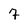
Character: 7